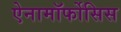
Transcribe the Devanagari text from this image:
ऐनामॉर्फोसिस